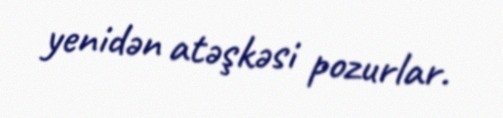
yenidən atəşkəsi pozurlar.